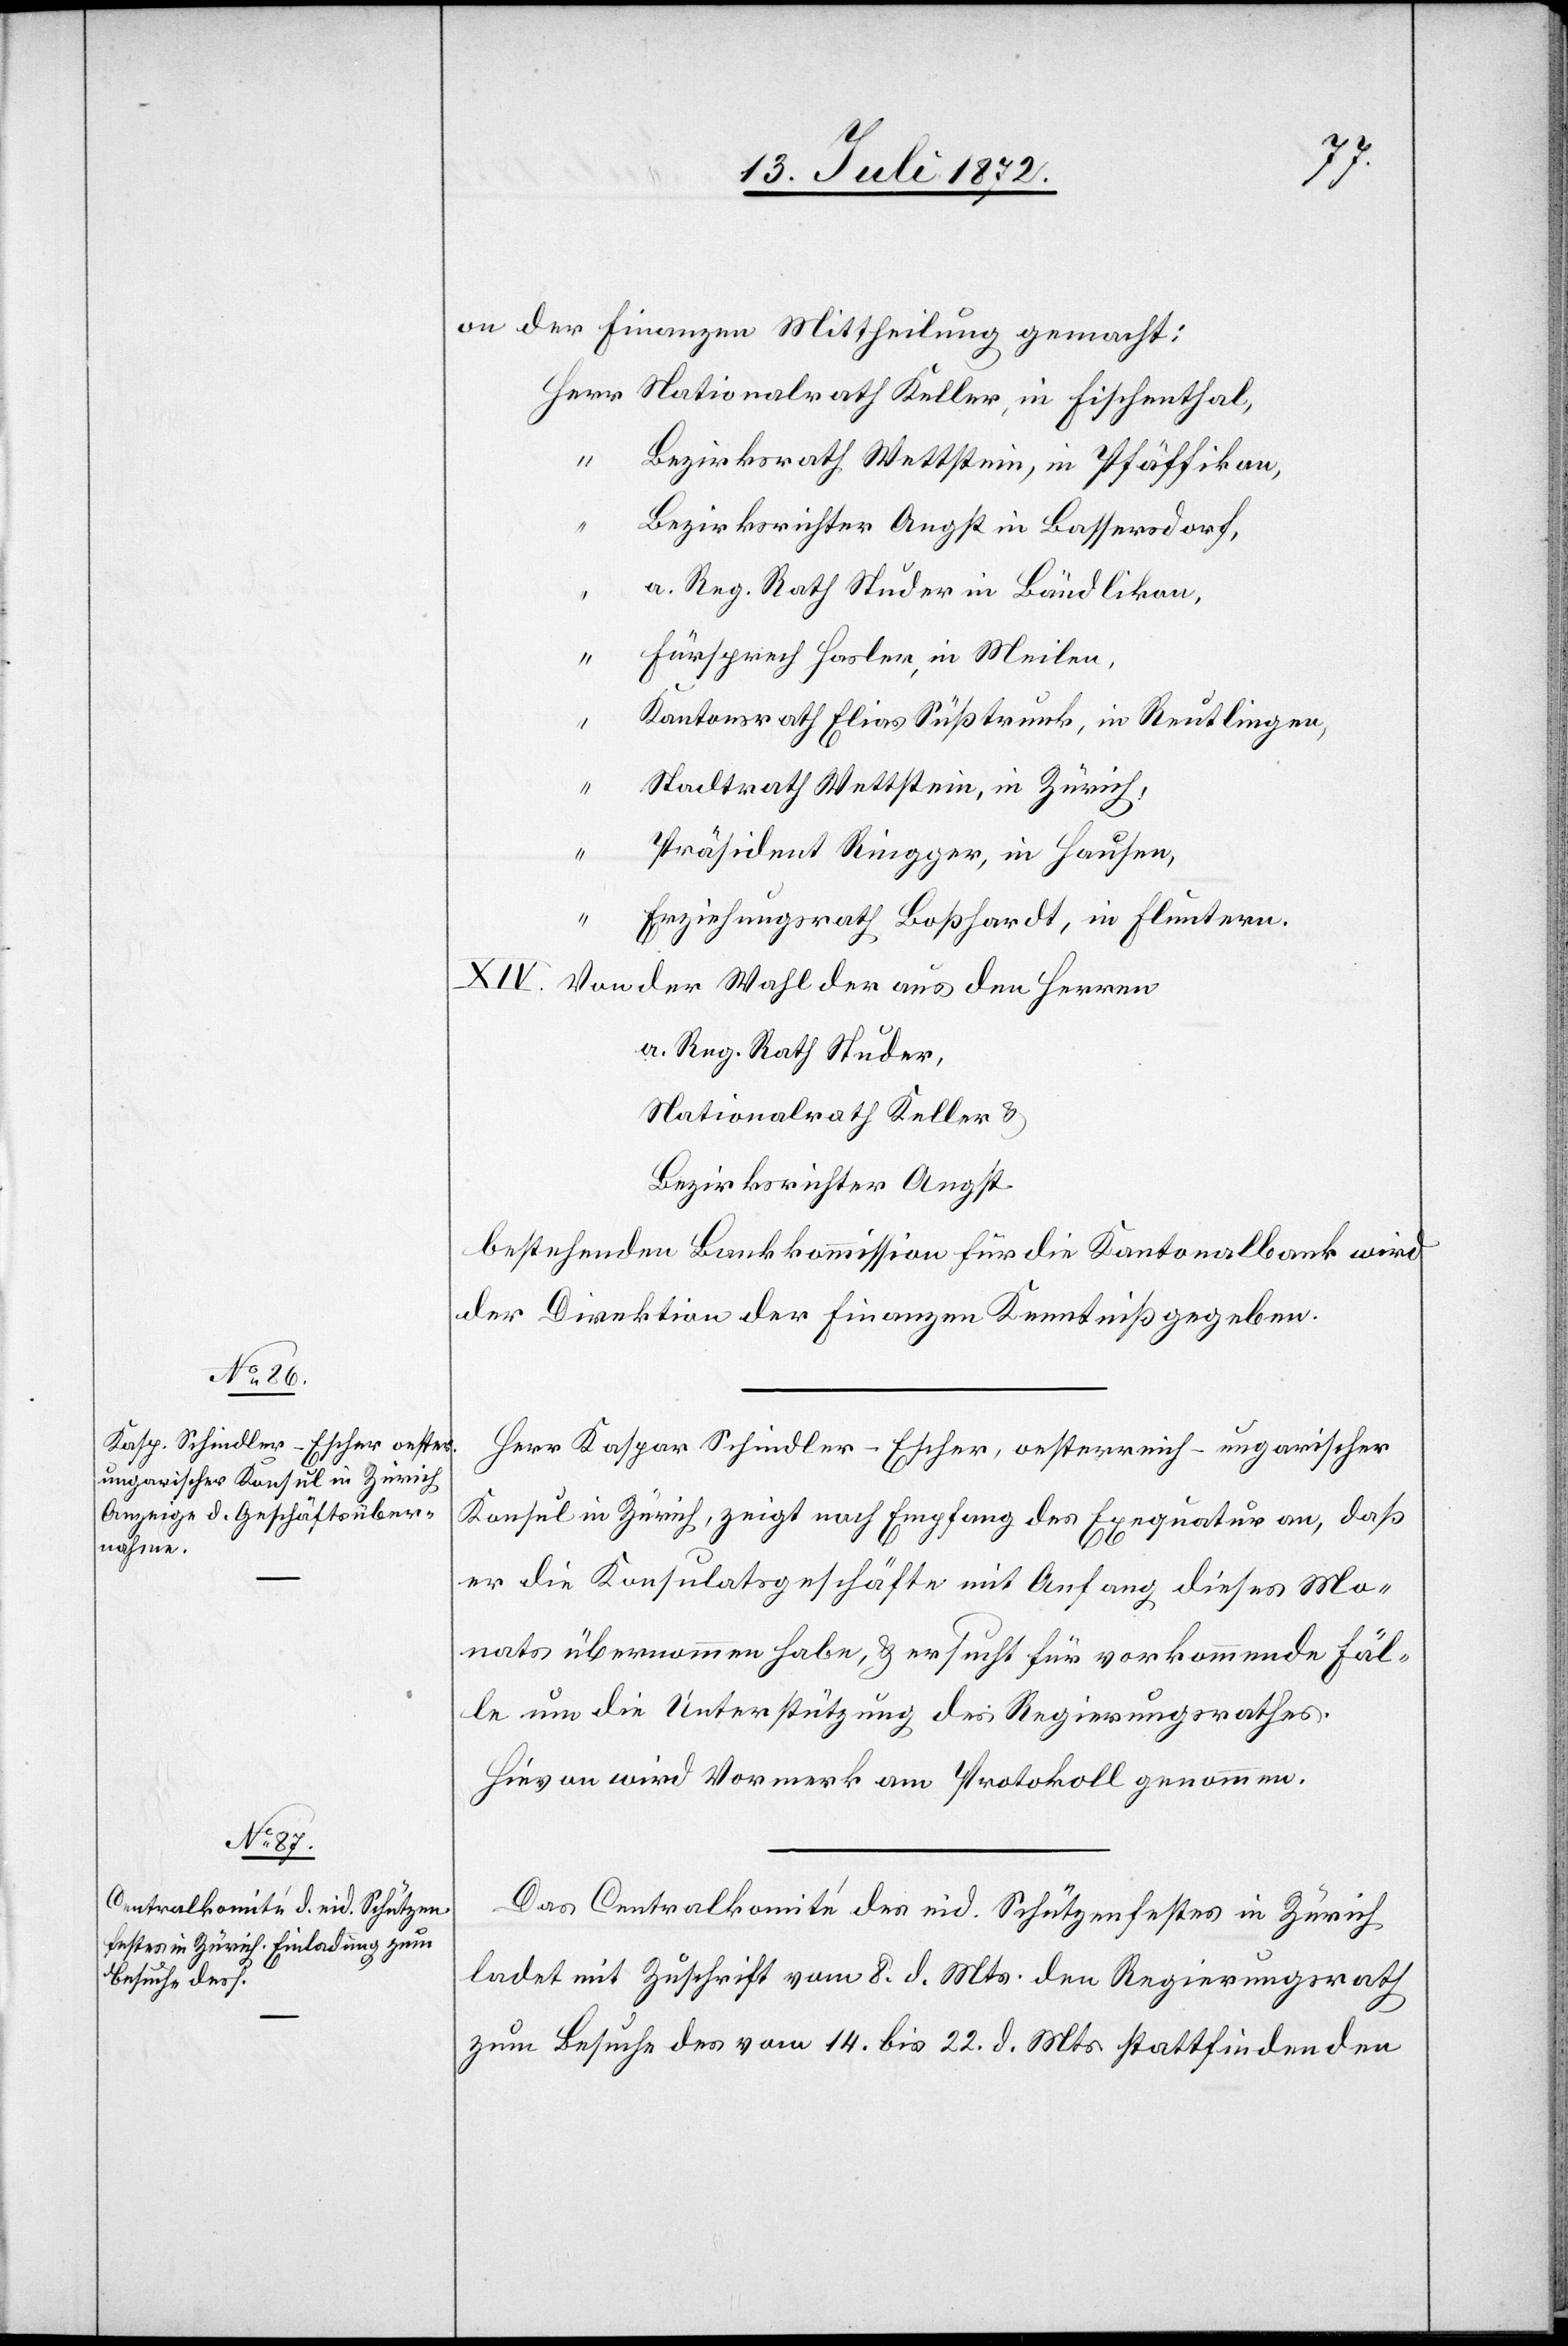
on der Finanzen Mittheilung gemacht:
Nationalrath Keller, in Fischenthal,
Bezirksrath Wettstein, in Pfäffikon,
Bezirksrichter Angst in Bassersdorf,
a. Reg. Rath Studer in Bändlikon,
Fürsprech Hasler, in Meilen,
“
Kantonsrath Elias Süßtrunk, in Reutlingen,
Stadtrath Wettstein, in Zürich,
“
Präsident Ringger, in Hausen,
Erziehungsrath Boßhardt, in Fluntern.
XIV. Von der Wahl der aus den Herren
a. Reg. Rath Studer,
Nationalrath Keller u.
Bezirksrichter Angst
bestehenden Bankkommission für die Kantonalbank wird
der Direktion der Finanzen Kenntniß gegeben.
Herr Kaspar Schindler-Escher, oesterreich-ungarischer
Konsul in Zürich, zeigt nach Empfang des Exequatur an, daß
er die Konsulatsgeschäfte mit Anfang dieses Mo¬
nats übernommen habe, u. ersucht für vorkommende Fäl¬
le um die Unterstützung des Regierungsrathes.
Hievon wird Vormerk am Protokoll genommen.
Das Centralkomité des eid. Schützenfestes in Zürich
ladet mit Zuschrift vom 8. d. Mts. den Regierungsrath
zum Besuche des vom 14. bis 22. d. Mts. stattfindenden